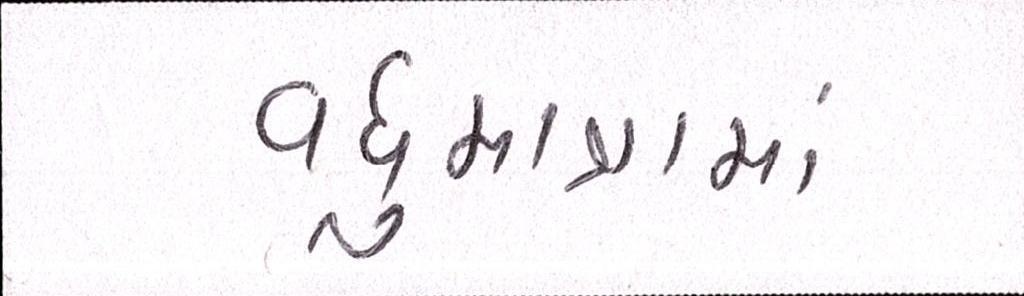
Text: વધુમાત્રામાં